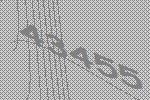
43455